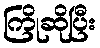
ကြိုဆိုပြီး